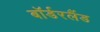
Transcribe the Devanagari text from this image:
बॉर्डरलैंड